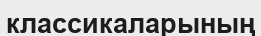
классикаларының